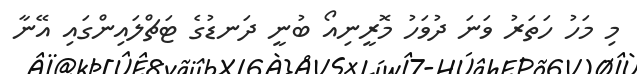
މި މަހު ހަތަރު ވަނަ ދުވަހު މޮރީނިއޯ ބުނީ ދަނޑުގެ ޓަޗްލައިންގައި އޭނާ